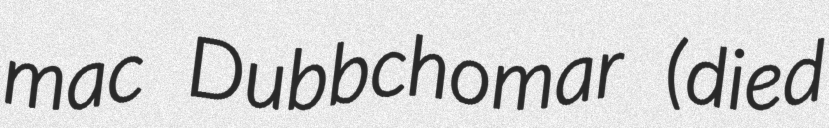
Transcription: mac Dubbchomar (died